Document type: Fief grant
Year: 1411
Scribe: Arnau de Lledó
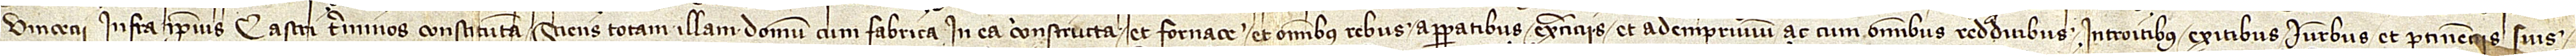
Vincencii infra ipsius castri terminos constitutam, sciens totam illam domum cum fabrica in ea constructa et fornace et omnibus rebus, apparatibus, exarciis et ademprivium ac cum omnibus redditibus, introitibus, exitibus, iuribus et pertinenciis suis